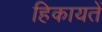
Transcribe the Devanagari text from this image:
हिकायतें